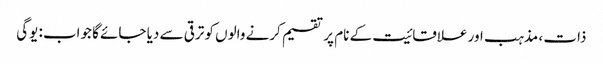
ذات ، مذہب اور علاقائیت کے نام پر تقسیم کرنے والوں کو ترقی سے دیا جائے گا جواب: یوگی